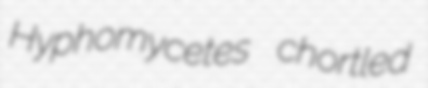
Hyphomycetes chortled